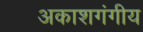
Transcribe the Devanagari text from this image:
अकाशगंगीय